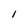
Character: i